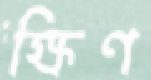
ক্ষিণ